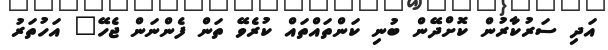
އަދި ސަރުކާރުން ކޮށްދޭން ބުނި ކަންތައްތައް ކުރެވޭ ތަން ފެންނަން ޖެހޭ" އަހުތަރު